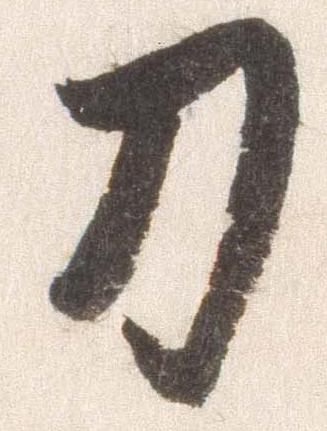
刀